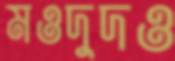
মওদুদও